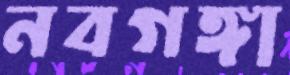
নবগঙ্গা